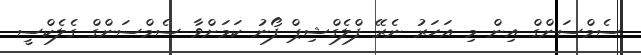
ސެމްސަންގް އިން މި އަހަރު ނެރޭ ފްލެގްޝިޕް ފޯނު ކަމަށްވާ ސެމްސަންގް ގެލެކްސީ